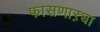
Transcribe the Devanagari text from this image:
फासणाऱ्या